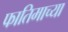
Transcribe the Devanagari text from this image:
फातिमाच्या